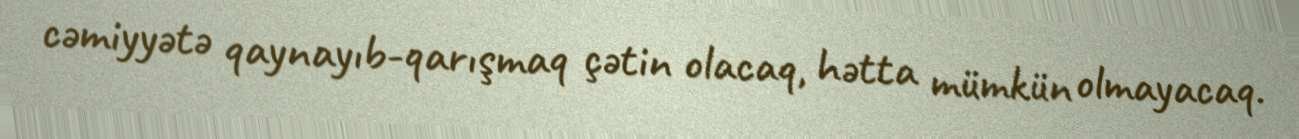
cəmiyyətə qaynayıb-qarışmaq çətin olacaq, hətta mümkün olmayacaq.